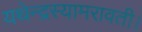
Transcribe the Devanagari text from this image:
यथेन्‍द्रस्‍यामरावती।